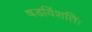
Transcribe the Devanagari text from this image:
षडविंशतिः